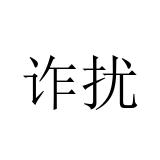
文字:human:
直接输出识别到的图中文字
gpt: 诈扰